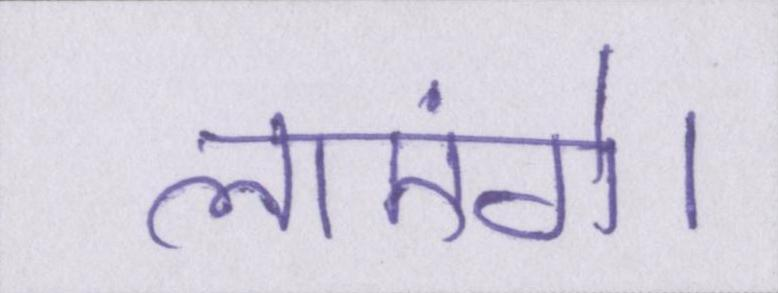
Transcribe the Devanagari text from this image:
लाएंगे।